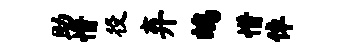
助惜役弃鸪惜倬